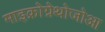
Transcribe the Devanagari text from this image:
माइक्रोग्नेथोजोआ